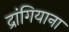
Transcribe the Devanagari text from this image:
द्रांगियाना